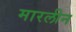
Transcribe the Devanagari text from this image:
मारलीन